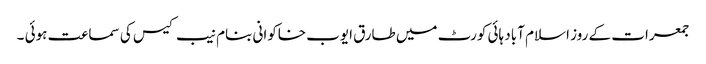
جمعرات کے روز اسلام آباد ہائی کورٹ میں طارق ایوب خاکوانی بنام نیب کیس کی سماعت ہوئی ۔